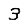
Digit: 3